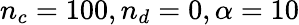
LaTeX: n_{c}=100,n_{d}=0,\alpha=10